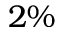
2 \%